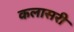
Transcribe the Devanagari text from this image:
कलासरी